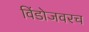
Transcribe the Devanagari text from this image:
विंडोजवरच